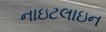
નાઇટલાઇન